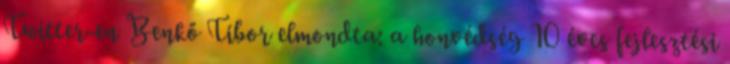
Twitter-en Benkő Tibor elmondta: a honvédség 10 éves fejlesztési